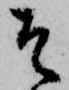
そ